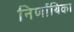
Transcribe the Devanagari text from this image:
निर्णायिका